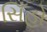
સિઁહો